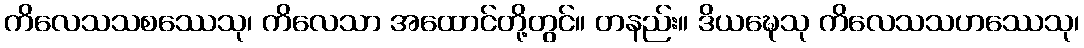
ကိလေသသစဿေသု၊ ကိလေသာ အထောင်တို့တွင်။ တနည်း။ ဒိယဍ္ဎေသု ကိလေသသဟဿေသု၊